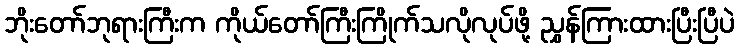
ဘိုးတော်ဘုရားကြီးက ကိုယ်တော်ကြီးကြိုက်သလိုလုပ်ဖို့ ညွှန်ကြားထားပြီးပြီပဲ